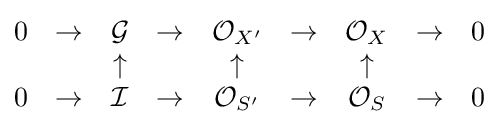
{\begin{matrix}0&\to &{\mathcal {G}}&\to &{\mathcal {O}}_{X'}&\to &{\mathcal {O}}_{X}&\to &0\\&&\uparrow &&\uparrow &&\uparrow \\0&\to &{\mathcal {I}}&\to &{\mathcal {O}}_{S'}&\to &{\mathcal {O}}_{S}&\to &0\end{matrix}}